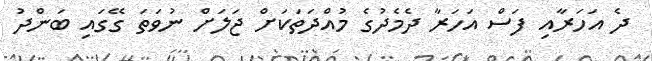
ދެ އަހަރާއި ފަސް އަހަރާ ދެމެދުގެ މުއްދަތަކަށް ޖަލަށް ނުވަތަ ގޭގައި ބަންދު